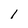
Character: 1